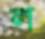
ল